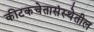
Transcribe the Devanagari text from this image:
कीटकचेतासंस्थेतील